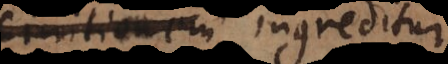
definitionem ingreditur